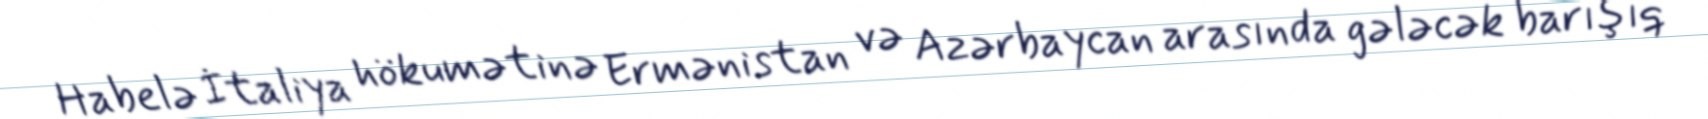
Habelə İtaliya hökumətinə Ermənistan və Azərbaycan arasında gələcək barışıq